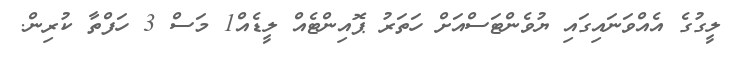
ލީގުގެ އެއްވަނައިގައި ޔުވެންޓަސްއަށް ހަތަރު ޕޮއިންޓެއް ލީޑެއް1 މަސް 3 ހަފްތާ ކުރިން.